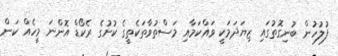
ފުލުހުން ބުނިގޮތުގައި ޒިޔަދަމަކީ ވައްކަމާއި މަސްތުވާތަކެތީގެ ކުށުގެ ރެކޯޑް އޮންނަ މީހެއް ކަން